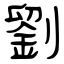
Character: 劉